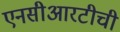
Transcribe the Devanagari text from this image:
एनसीआरटीची